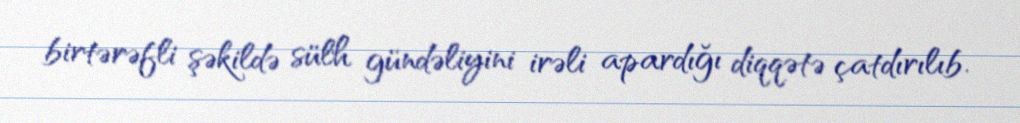
birtərəfli şəkildə sülh gündəliyini irəli apardığı diqqətə çatdırılıb.